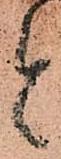
と